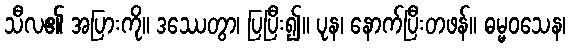
သီလ၏ အပြားကို။ ဒဿေတွာ၊ ပြပြီး၍။ ပုန၊ နောက်ပြီးတဖန်။ ဓမ္မဝသေန၊